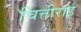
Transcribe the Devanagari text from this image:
चित्तीराई